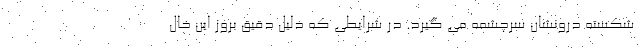
شکسته درونشان سرچشمه می گیرد. در شرایطی که دلیل دقیق بروز این خال